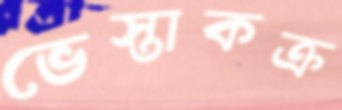
ভেস্তাকক্র